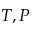
T , P